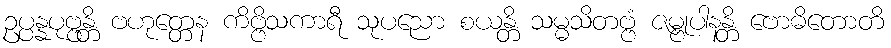
ဥပ္ပန္နပုဗ္ဗန္တိ ဗဟုတ္တေန ကိဗ္ဗိသကာရီ သုပညော စယန္တိ သမ္မသိတဗ္ဗံ ဇမ္ဗုပါနန္တိ ဗောဓိတောတိ